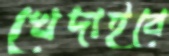
খেদাইবে